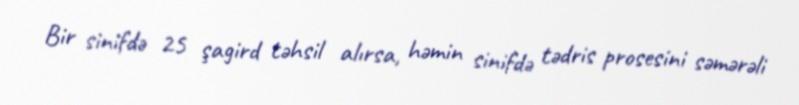
Bir sinifdə 25 şagird təhsil alırsa, həmin sinifdə tədris prosesini səmərəli